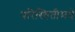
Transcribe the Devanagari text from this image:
परिस्थितीमधे